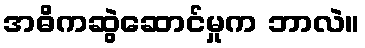
အဓိကဆွဲဆောင်မှုက ဘာလဲ။